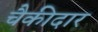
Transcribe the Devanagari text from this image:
चैकीदार